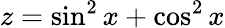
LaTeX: z=\sin^{2}x+\cos^{2}x